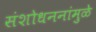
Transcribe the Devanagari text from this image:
संशोधननांमुळे